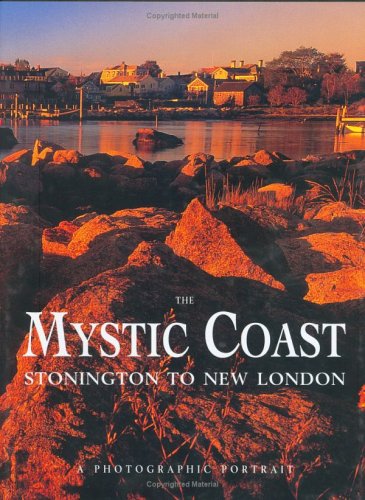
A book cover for The Mystic Coast: A Photographic Portrait; Editors of Twin Lights Publishers Inc./PilotPress Publishers Inc.; Travel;